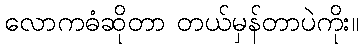
လောကဓံဆိုတာ တယ်မှန်တာပဲကိုး။